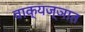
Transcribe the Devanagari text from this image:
वाक्‌यज्ञात